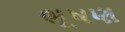
ભૂષણ